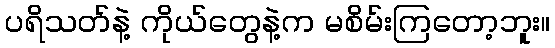
ပရိသတ်နဲ့ ကိုယ်တွေနဲ့က မစိမ်းကြတော့ဘူး။